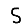
Digit: 5